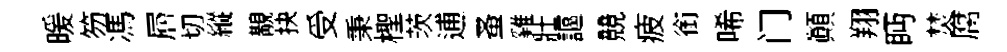
暖笏馮層切縱覯抉受秉檉茨逋蚤雞壯謳競疲銜唏门顚翔眄焚腐